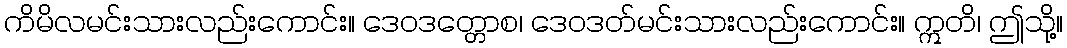
ကိမိလမင်းသားလည်းကောင်း။ ဒေဝဒတ္တောစ၊ ဒေဝဒတ်မင်းသားလည်းကောင်း။ ဣတိ၊ ဤသို့။